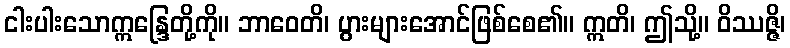
ငါးပါးသောဣန္ဒြေတို့ကို။ ဘာဝေတိ၊ ပွားများအောင်ဖြစ်စေ၏။ ဣတိ၊ ဤသို့။ ဝိဿဇ္ဇိ၊